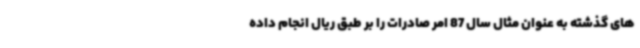
های گذشته به عنوان مثال سال 87 امر صادرات را بر طبق ریال انجام داده